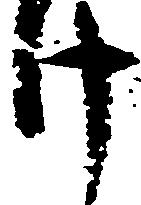
け